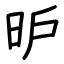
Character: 昈